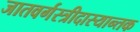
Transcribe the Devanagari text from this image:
जातवर्गस्त्रीदास्यान्तक